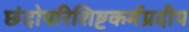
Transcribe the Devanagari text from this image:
छंदोपरिशिष्टकर्मप्रदीप